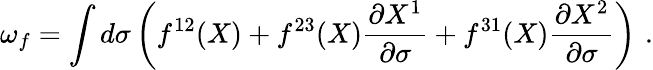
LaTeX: \omega_{f}=\int d\sigma\left(f^{12}(X)+f^{23}(X)\frac{\partial X^{1}}{\partial\sigma}+f^{31}(X)\frac{\partial X^{2}}{\partial\sigma}\right)\, \, .